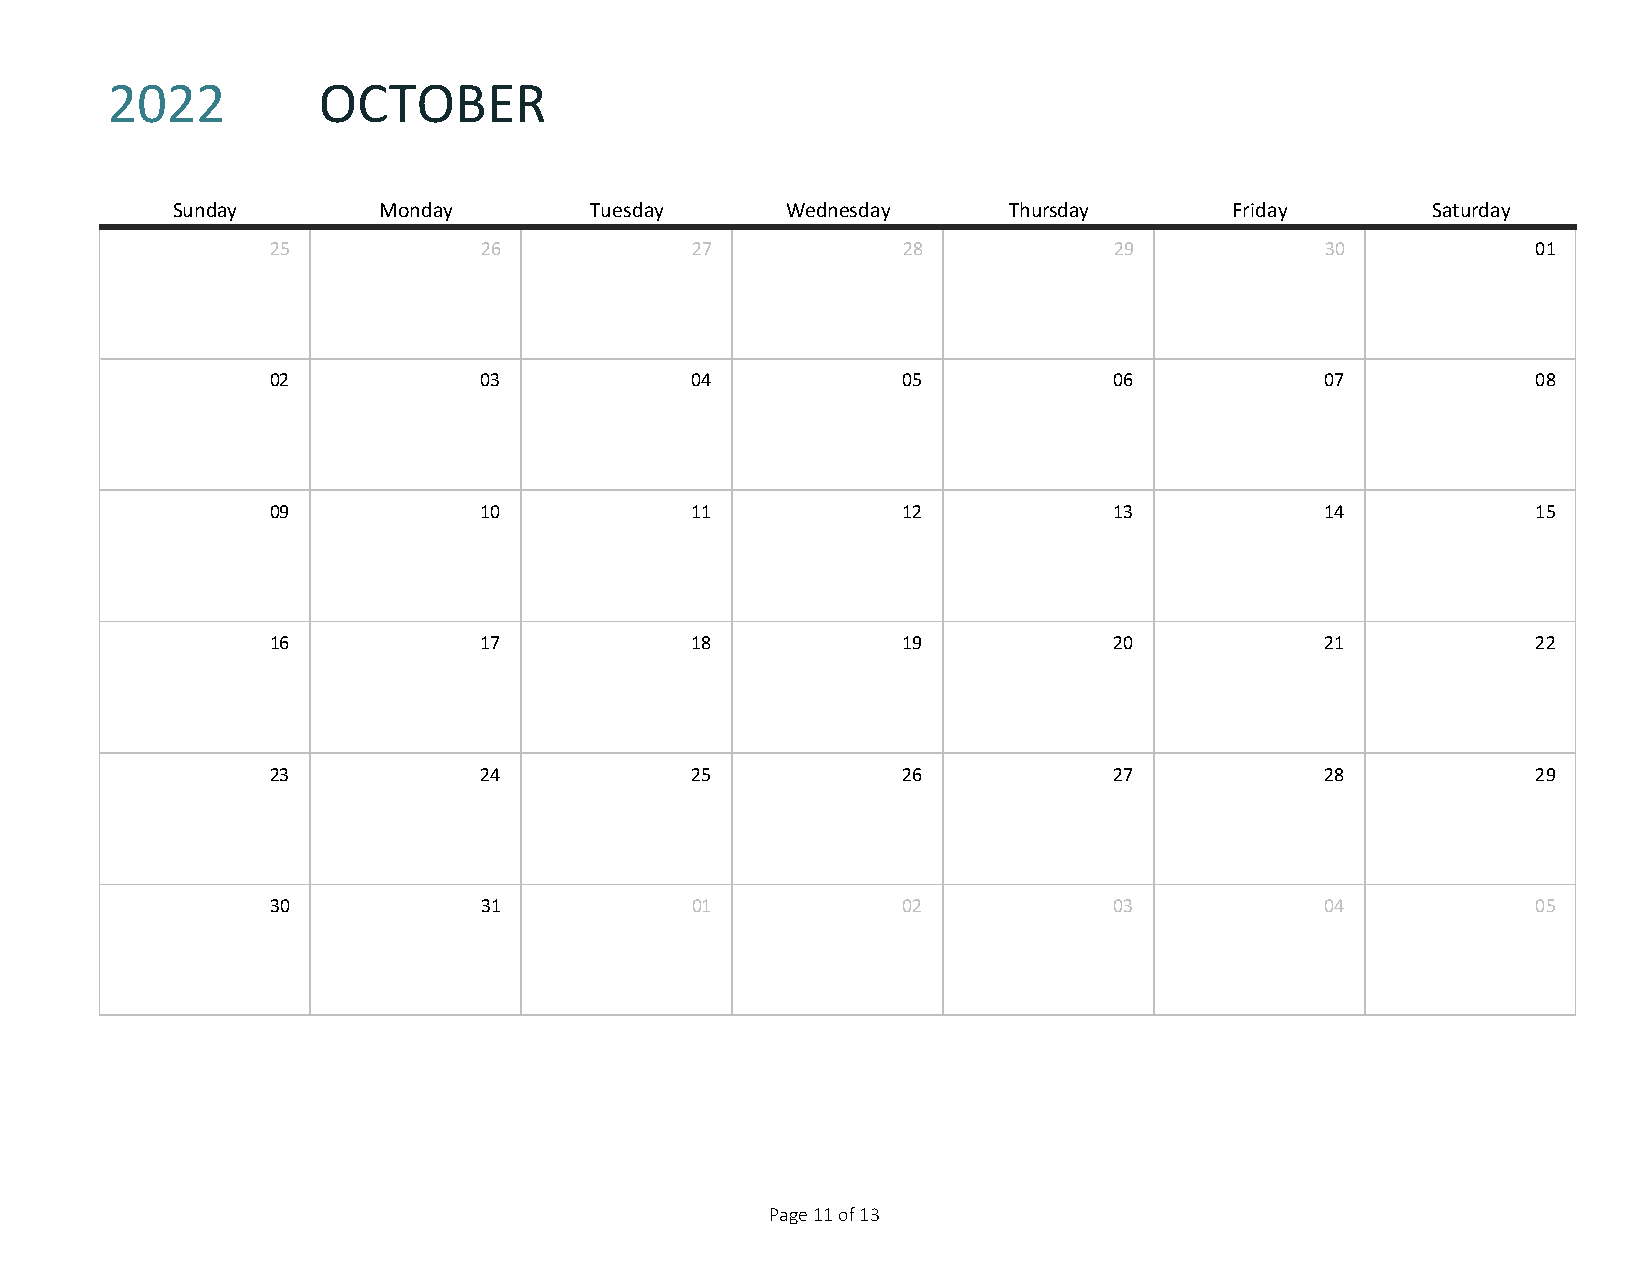
2022          OCTOBER
 SUNDAY
 Sunday        Monday        Tuesday      Wednesday      Thursday       Friday       Saturday
 25            26            27            28            29            30            01
 02            03            04            05            06            07            08
 09            10            11            12            13            14            15
 16            17            18            19            20            21            22
 23            24            25            26            27            28            29
 30            31            01            02            03            04            05
 Page 11 of 13